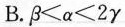
B.$$β < α < 2 γ$$